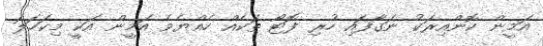
އަމީން ކޮންއިރަކު ނަގާފައި ހުރި ފޮޓޯ ތަކެއް ހެއްޔެވެ އަމީން އަކީ މިކަހަލަ